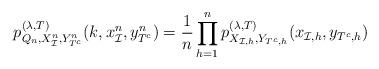
LaTeX: \begin{align*}p_{Q_n, X_\mathcal{I}^n, Y_{T^c}^n}^{(\lambda, T)}(k,x_{\mathcal{I}}^n, y_{T^c}^n)=\frac{1}{n}\prod_{h=1}^n p_{X_{\mathcal{I},h}, Y_{T^c,h}}^{(\lambda, T)}(x_{\mathcal{I},h}, y_{T^c,h}) \end{align*}